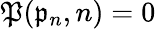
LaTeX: \mathfrak{P}(\mathfrak{p}_{n},n)=0